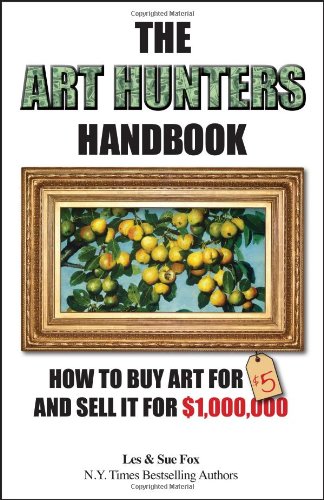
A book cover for The Art Hunters Handbook: How To Buy Art For $5 And Sell It For $1,000,000; Les and Sue Fox; Humor & Entertainment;